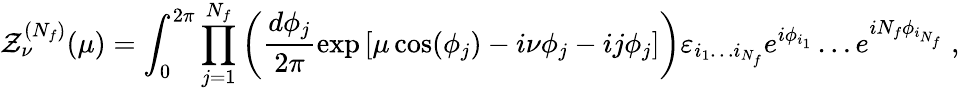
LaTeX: {\cal Z}_{\nu}^{(N_{f})}(\mu)=\int_{0}^{2\pi}\prod_{j=1}^{N_{f}}\left(\frac{d\phi_{j}}{2\pi}\exp\left[\mu\cos(\phi_{j})-i\nu\phi_{j}-ij\phi_{j}\right]\right)\varepsilon_{i_{1}\ldots i_{N_{f}}}e^{i\phi_{i_{1}}}\ldots e^{iN_{f}\phi_{i_{N_{f}}}}\; ,